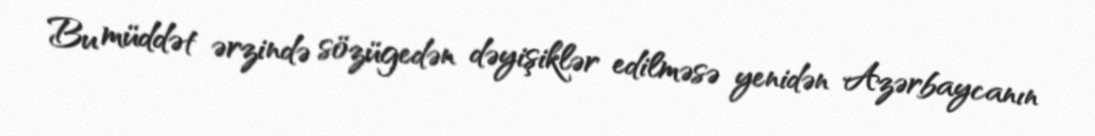
Bu müddət ərzində sözügedən dəyişiklər edilməsə yenidən Azərbaycanın